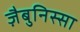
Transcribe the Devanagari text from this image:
ज़ैबुनिस्सा